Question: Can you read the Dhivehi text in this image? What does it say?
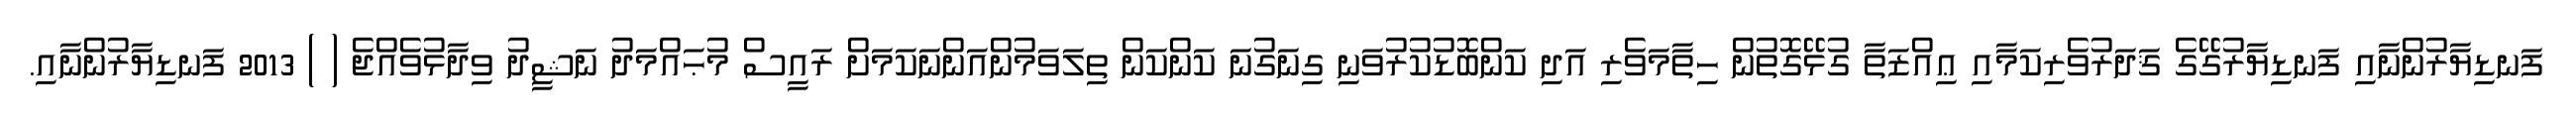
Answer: ފަނޑިޔާރުންނާއި ފަނޑިޔާރުގޭގެ ޤަދަރުވެރިކަމާއި ޢިއްޒަތާ ގުޅޭގޮތުން ހިތާމަވެރި އަދި ކަންބޮޑުކުރުވަނި ގިނަގުނަ ކަންކަން ތިލަވަމުންއަންނަކަމަށް ރައީސް މުޙައްމަދު ނަޝީދު ވިދާޅުވެއްޖެ ( ) 2013 ފަނޑިޔާރުންނާއި.